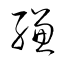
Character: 縑